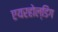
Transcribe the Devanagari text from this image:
एयरहोल्डिंग